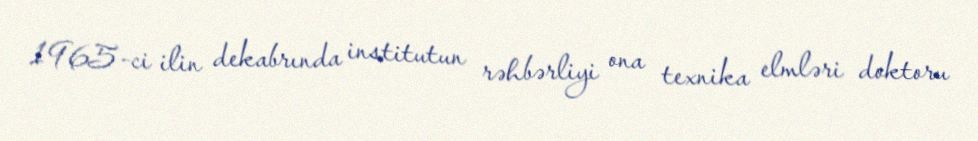
1965-ci ilin dekabrında institutun rəhbərliyi ona texnika elmləri doktoru